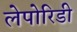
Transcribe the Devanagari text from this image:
लेपोरिडी